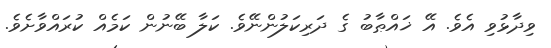
ވިދާޅުވި އެވެ. އޭ ޚައްޠާބު ގެ ދަރިކަލުންނޭވެ. ކަލާ ބޭނުން ކަމެއް ކުރައްވާށެވެ.